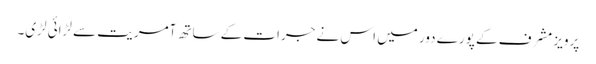
پرویز مشرف کے پورے دور میں اس نے جرات کے ساتھ آمریت سے لڑائی لڑی۔